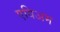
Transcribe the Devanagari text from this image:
एविअम